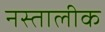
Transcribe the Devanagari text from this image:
नस्तालीक